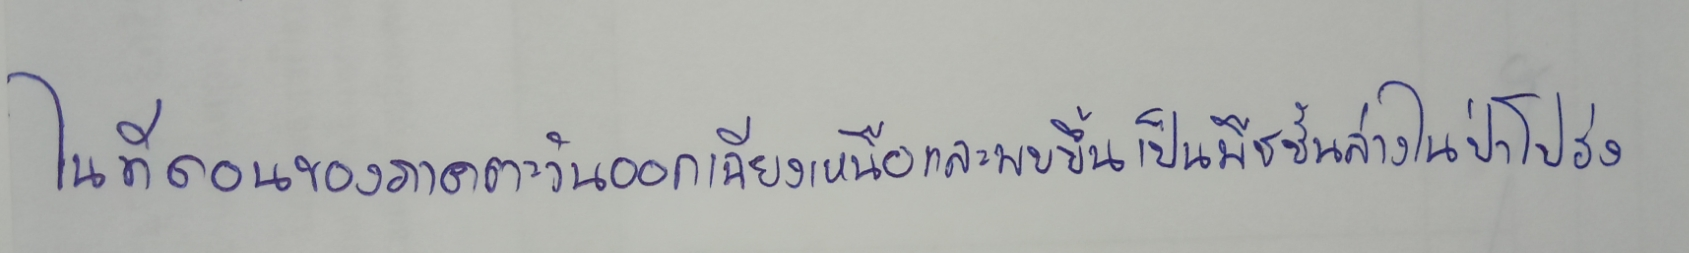
ในที่ดอนของภาคตะวันออกเฉียงเหนือและพบขึ้นเป็นพืชชั้นล่างในป่าโปร่ง